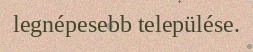
legnépesebb települése.